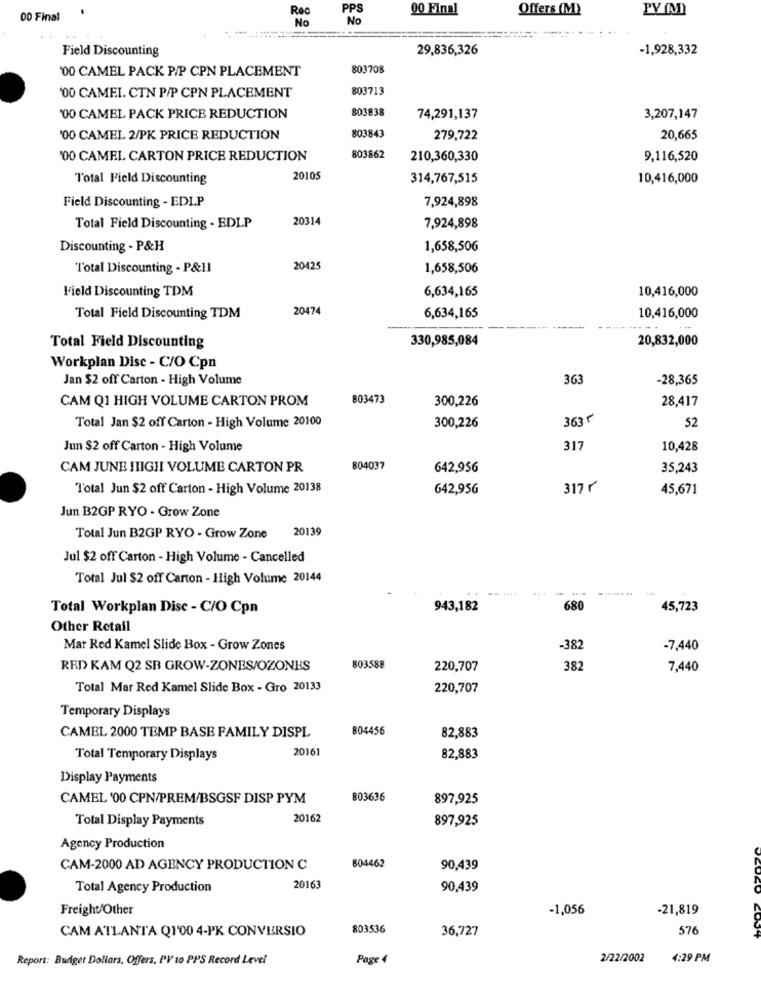
Rec
PPS
00 Final
Offers (M)
PY (M)
00 Final
No
No
Field Discounting
29,836,326
-1,928,332
'00 CAMEL PACK P/P CPN PLACEMENT
803708
803713
'00 CAMEI. CTN P/P CPN PLACEMENT
803838
'00 CAMEL PACK PRICE REDUCTION
74,291,137
3,207,147
00 CAMEL 2/PK PRICE REDUCTION
803843
279,722
20,665
'00 CAMEL CARTON PRICE REDUCTION
803862
210,360,330
9,116,520
Total Field Discounting
20105
314,767,515
10,416,000
Field Discounting - EDIP
7,924,898
20314
Total Field Discounting - EDLP
7,924,898
Discounting - P&H
1,658,506
Total Discounting - P&11
20425
1,658,506
Field Discounting TDM
6,634,165
10,416,000
20474
Total Field Discounting TDM
6,634,165
10,416,000
330,985,084
20,832,000
Total Field Discounting
Workplan Disc - C/O Cpn
Jan $2 off Carton - High Volume
363
-28,365
CAM Q1 HIGH VOLUME CARTON PROM
803473
300,226
28,417
Total Jan $2 off Carton - High Volume 20100
3635
52
300,226
Jun $2 off Carton - High Volume
317
10,428
CAM JUNE HIGH VOLUME CARTON PR
804037
642,956
35,243
Total Jun $2 off Carton - High Volume 20138
642,95G
317 7
45,671
Jun B2GP RYO - Grow Zone
20139
Total Jun B2GP RYO - Grow Zone
Jul $2 off Carton - High Volume - Cancelled
Total Jul $2 off Carton - High Volume 20144
----
Total Workplan Disc - C/O Cpn
943,182
680
45,723
Other Retail
Mar Red Kamel Slide Box - Grow Zones
-382
-7,440
RED KAM Q2 SB GROW-ZONES/OZONES
803588
220,707
382
7,440
Total Mar Red Kamel Slide Box - Gro 20133
220,707
Temporary Displays
804456
82,883
CAMEL 2000 TEMP BASE FAMILY DISPL
20161
Total Temporary Displays
82,883
Display Payments
CAMEL '00 CPN/PREM/BSGSF DISP PYM
803636
897,925
Total Display Payments
20162
897,925
Agency Production
804462
CAM-2000 AD AGENCY PRODUCTION C
90,439
Total Agency Production
20163
90,439
Freight/Other
-1,056
-21,819
CAM ATLANTA Q1'00 4-PK CONVERSIO
803536
36,727
576
Report: Budget Dollars, Offers, PV to PPS Record Level
Page 4
2/22/2002
4:29 PM